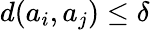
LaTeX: d(a_{i},a_{j})\leq\delta